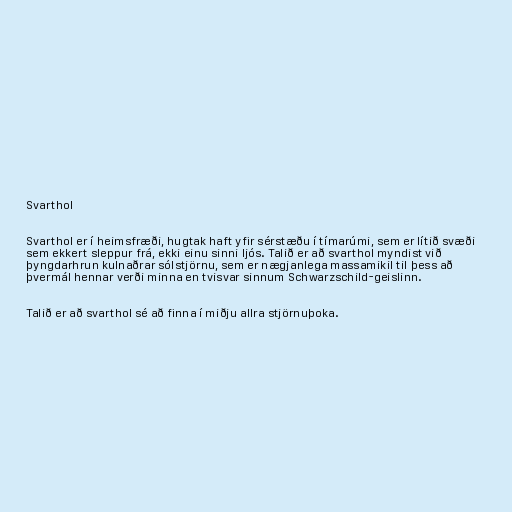
Svarthol

Svarthol er í heimsfræði, hugtak haft yfir sérstæðu í tímarúmi, sem er lítið svæði
sem ekkert sleppur frá, ekki einu sinni ljós. Talið er að svarthol myndist við
þyngdarhrun kulnaðrar sólstjörnu, sem er nægjanlega massamikil til þess að
þvermál hennar verði minna en tvisvar sinnum Schwarzschild-geislinn.

Talið er að svarthol sé að finna í miðju allra stjörnuþoka.